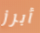
أبرز